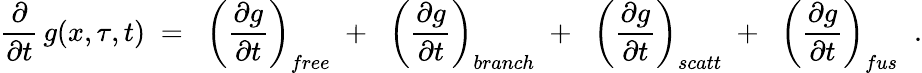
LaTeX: \frac{\partial}{\partial t}\, g(x,\tau,t)\; =\; \; \left(\frac{\partial g}{\partial t}\right)_{free}\; +\; \; \left(\frac{\partial g}{\partial t}\right)_{branch}\; +\; \; \left(\frac{\partial g}{\partial t}\right)_{scatt}\; +\; \; \left(\frac{\partial g}{\partial t}\right)_{fus}\; \; .